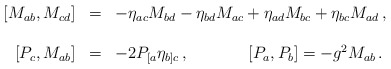
\begin{align*}\begin{array}{rcl}\left[M_{ab},M_{cd} \right] & = &-\eta_{ac}M_{bd} -\eta_{bd} M_{ac}+\eta_{ad} M_{bc} +\eta_{bc} M_{ad}\, ,\\& & \\\left[P_{c},M_{ab}\right] & = & -2P_{[a}\eta_{b]c}\, ,\hspace{1.5cm}\left[P_{a},P_{b} \right] = -g^{2}M_{ab}\, .\\\end{array}\end{align*}